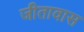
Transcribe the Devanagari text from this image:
जीतावास